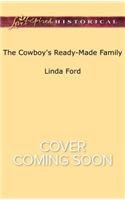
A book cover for The Cowboy's Ready-Made Family (Montana Cowboys); Linda Ford; Romance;